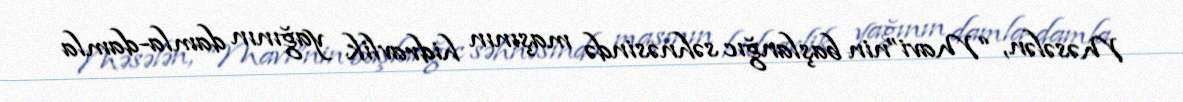
Məsələn, “Mavi”nin başlanğıc səhnəsində maşının hidravlik yağının damla-damla